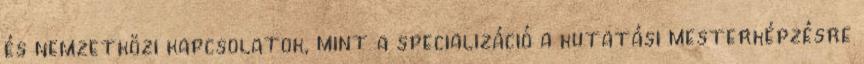
és nemzetközi kapcsolatok, mint a specializáció a kutatási mesterképzésre